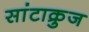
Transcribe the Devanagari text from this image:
सांटाक्रुज